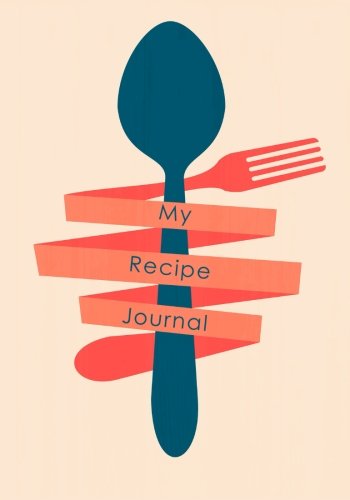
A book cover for My Recipe Journal: Blank Cookbook, 7 x 10, 111 Pages; My Recipe Journal; Cookbooks, Food & Wine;